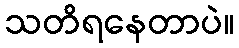
သတိရနေတာပဲ။